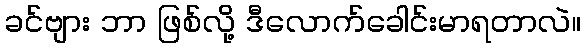
ခင်ဗျား ဘာ ဖြစ်လို့ ဒီလောက်ခေါင်းမာရတာလဲ။